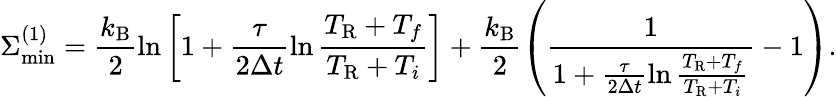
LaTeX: \Sigma_{\mathrm{min}}^{(1)}=\frac{k_{\mathrm{B}}}{2}\ln\left[1+\frac{\tau}{2\Delta t}\ln\frac{T_{\mathrm{R}}+T_{f}}{T_{\mathrm{R}}+T_{i}}\right]+\frac{k_{\mathrm{B}}}{2}\left(\frac{1}{1+\frac{\tau}{2\Delta t}\ln\frac{T_{\mathrm{R}}+T_{f}}{T_{\mathrm{R}}+T_{i}}}-1\right).